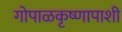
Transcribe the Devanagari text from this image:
गोपाळकृष्णापाशी